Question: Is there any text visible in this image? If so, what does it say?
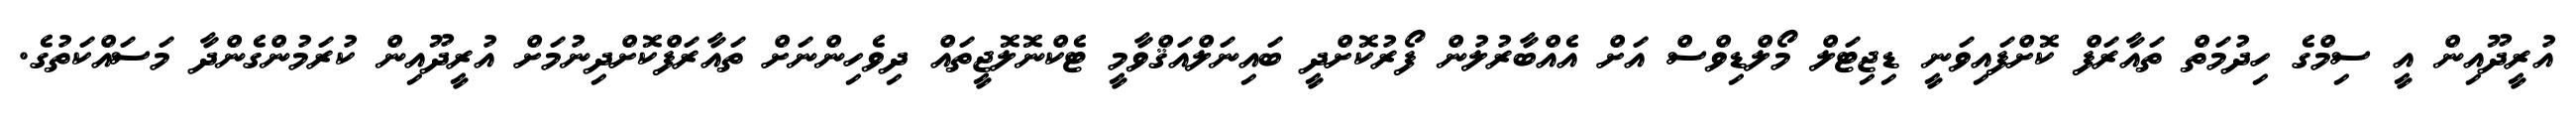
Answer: އުރީދޫއިން އީ ސިމްގެ ހިދުމަތް ތައާރަފް ކޮށްފައިވަނީ ޑިޖިޓަލް މޯލްޑިވްސް އަށް އެއްބާރުލުން ފޯރުކޮށްދީ ބައިނަލްއަޤްވާމީ ޓެކްނޮލޮޖީތައް ދިވެހިންނަށް ތައާރަފްކޮށްދިނުމަށް އުރީދޫއިން ކުރަމުންގެންދާ މަސައްކަތުގެ.